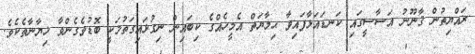
ރައްޔިތުން ޤާނޫނު އަސާސީގައި ކަނޑައަޅާފައިވާ ޙިމާޔަތް އެމީހެއްގެ ކިބައިން ނިގުޅައިގަތުމަކީ ބޮޑުވެގެންވާ ޚިޔާނާތެކެވެ.